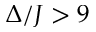
\Delta / J > 9